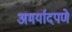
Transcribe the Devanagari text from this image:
अमर्यादपणे